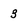
Character: 3